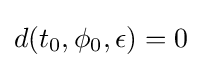
d(t_{0},\phi _{0},\epsilon )=0